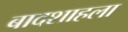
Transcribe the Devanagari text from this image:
बादशाहला